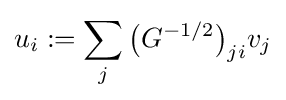
u_{i}:=\sum _{j}{\bigl (}G^{-1/2}{\bigr )}_{ji}v_{j}